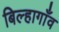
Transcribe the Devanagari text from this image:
बिल्हागाँव